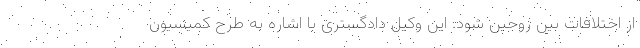
از اختلافات بین زوجین شود. این وکیل دادگستری با اشاره به طرح کمیسیون